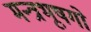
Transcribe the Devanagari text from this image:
मन्त्रभूषगो